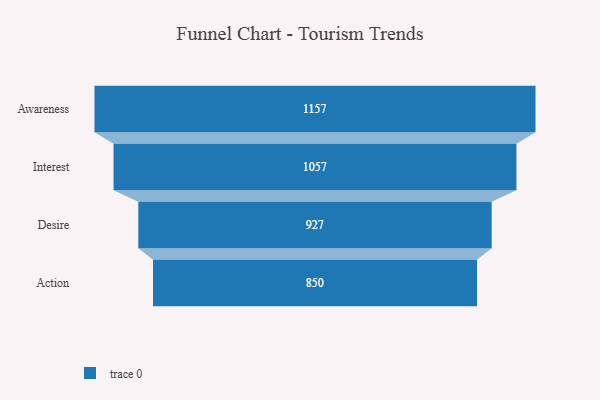
{"axis": {"x": "Stage", "y": "Value"}, "legend": [""], "data": [{"x": "Awareness", "y": 1157.0, "type": ""}, {"x": "Interest", "y": 1057.0, "type": ""}, {"x": "Desire", "y": 927.0, "type": ""}, {"x": "Action", "y": 850.0, "type": ""}]}